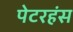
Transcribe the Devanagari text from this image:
पेटरहंस